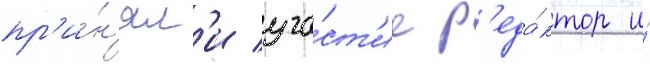
пр'и́н'ял'и уча́ст'ие р'еда́ктор и́